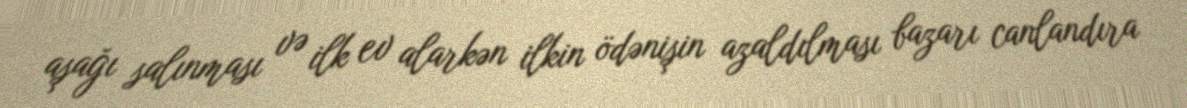
aşağı salınması və ilk ev alarkən ilkin ödənişin azaldılması bazarı canlandıra